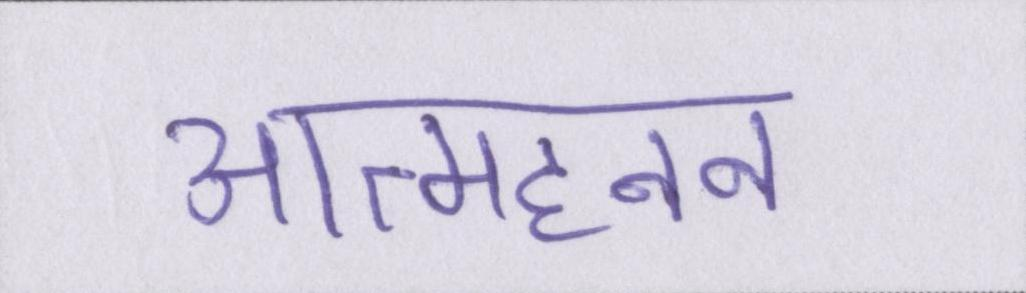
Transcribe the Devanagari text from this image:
आत्महनन